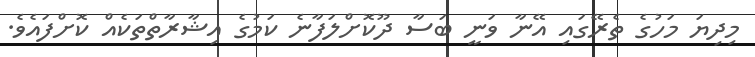
މިދިޔަ މަހުގެ ތެރޭގައި އޭނާ ވަނީ ބަސާ ދޫކޮށްލަފާނެ ކަމުގެ އިޝާރާތްތަކެއް ކޮށްފައެވެ.